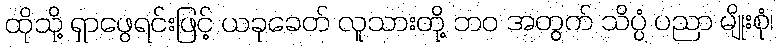
ထိုသို့ ရှာဖွေရင်းဖြင့် ယခုခေတ် လူသားတို့ ဘဝ အတွက် သိပ္ပံ ပညာ မျိုးစုံ၊